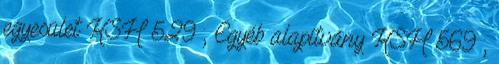
egyesület KSH 529 ; Egyéb alapítvány KSH 569 ;